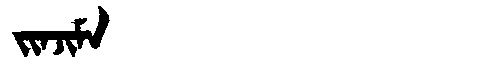
Manchu: ᠵᡳᠨᠵᡳᠮᠠ
Romanization: JINJIMA